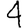
Digit: 4